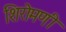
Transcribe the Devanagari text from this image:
शिरोमणी